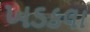
ખડકલા